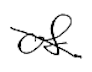
Text: of
Cross-out: diagonal
Writing tool: digital_black